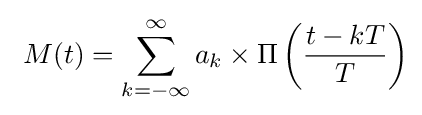
\ M(t)=\sum _{k=-\infty }^{\infty }a_{k}\times \Pi \left({\frac {t-kT}{T}}\right)